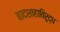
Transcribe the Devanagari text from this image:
बादशाहाविरुद्ध